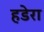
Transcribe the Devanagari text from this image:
हडेरा